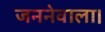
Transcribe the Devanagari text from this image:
जननेवाला।